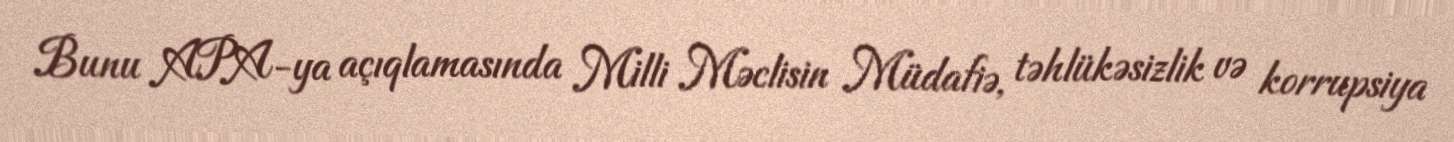
Bunu APA-ya açıqlamasında Milli Məclisin Müdafiə, təhlükəsizlik və korrupsiya